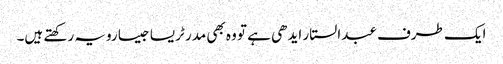
ایک طرف عبدالستار ایدھی ہے تو وہ بھی مدر ٹریسا جیسا رویہ رکھتے ہیں۔